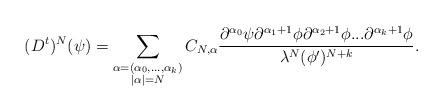
LaTeX: \begin{align*} (D^t)^N(\psi) = \sum_{\substack{\alpha = (\alpha_0, ..., \alpha_k)\\|\alpha| = N}} C_{N, \alpha} \frac{\partial^{\alpha_0}\psi \partial^{\alpha_1+1}\phi \partial^{\alpha_2+1}\phi ... \partial^{\alpha_k+1}\phi}{\lambda^N(\phi')^{N+k}}. \end{align*}